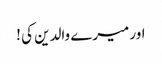
اور میرے والدین کی !